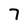
Character: 7